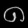
Digit: ၈